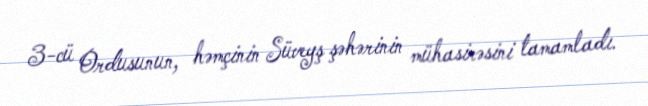
3-cü Ordusunun, həmçinin Süveyş şəhərinin mühasirəsini tamamladı.